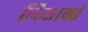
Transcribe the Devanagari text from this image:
लिया।कई